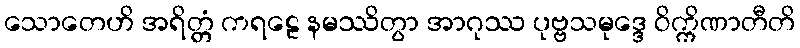
သောတေဟိ အရိတ္တံ ကရဠေ နမဿိတွာ အာဂုဿ ပုဗ္ဗသမုဒ္ဒေ ဝိက္ကိဏာတီတိ